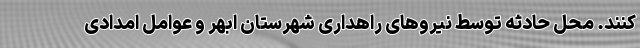
کنند. محل حادثه توسط نیروهای راهداری شهرستان ابهر و عوامل امدادی